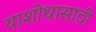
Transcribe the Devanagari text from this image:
याशोधासाठी